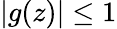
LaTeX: |g(z)|\leq 1